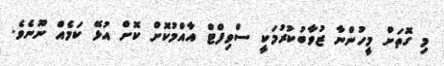
މި ގޮތަށް މީހުންނާ ޒުވާބުކުރުމަކީ ސްވިފްޓް އާއްމުކޮށް ކޮށް އުޅޭ ކަމެއް ނޫނެވެ.